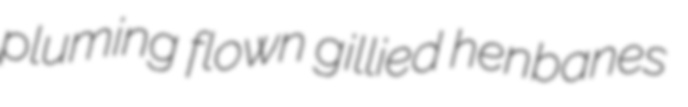
pluming flown gillied henbanes